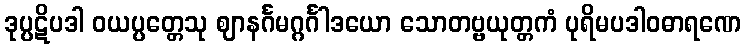
ဒုပ္ပဋိပဒါ ဝယပ္ပတ္တေသု ဈာနင်္ဂမဂ္ဂင်္ဂါဒယော သောတဗ္ဗယုတ္တကံ ပုရိမပဒါဝဓာရဏေ